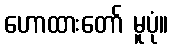
ဟောထားတော် မူပုံ။